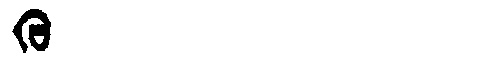
Manchu: ᡴᡠ
Romanization: KU